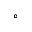
\mathrm { ^ \circ }